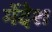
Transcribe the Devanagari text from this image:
मेंदेश